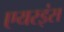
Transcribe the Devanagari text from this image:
एयरइंस